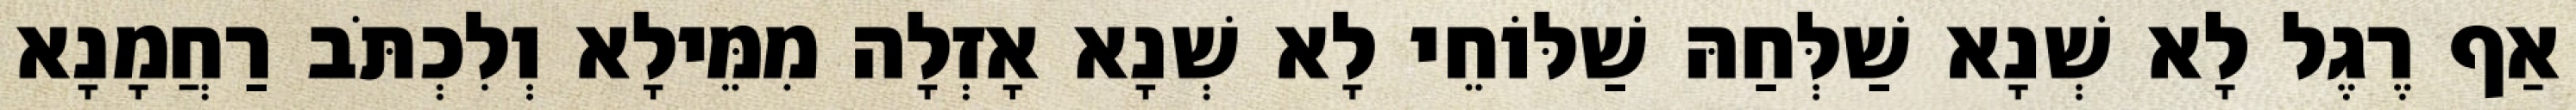
אַף רֶגֶל לָא שְׁנָא שַׁלְּחַהּ שַׁלּוֹחֵי לָא שְׁנָא אָזְלָה מִמֵּילָא וְלִכְתֹּב רַחֲמָנָא